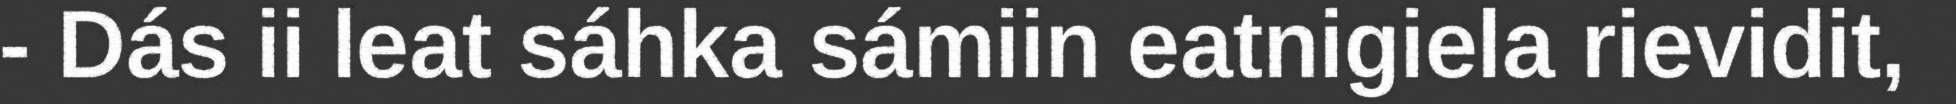
- Dás ii leat sáhka sámiin eatnigiela rievidit,